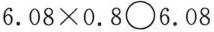
$$6 . 0 8 \times 0 . 8 \bigcirc 6 . 0 8$$